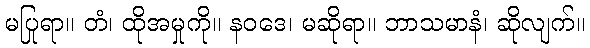
မပြုရာ။ တံ၊ ထိုအမှုကို။ နဝဒေ၊ မဆိုရာ။ ဘာသမာနံ၊ ဆိုလျက်။